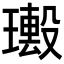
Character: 𤩮